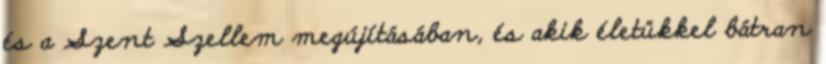
és a Szent Szellem megújításában, és akik életükkel bátran